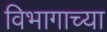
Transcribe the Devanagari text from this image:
विभागाच्‍या